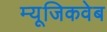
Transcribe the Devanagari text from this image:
म्यूजिकवेब